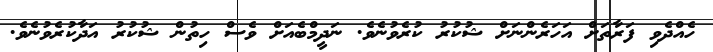
ހެއްދެވި ފަރާތަށް އަހަރެންނަށް ޝުކުރު ކުރެވުނެވެ. ނަދީމްބެއަށް ވެސް ހިތުން ޝުކުރު އަދާކުރެވުނެވެ.